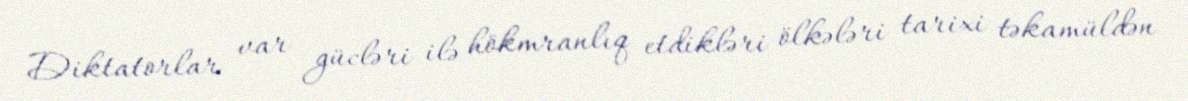
Diktatorlar var gücləri ilə hökmranlıq etdikləri ölkələri tarixi təkamüldən